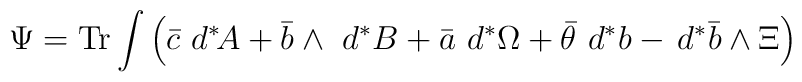
\Psi={\rm Tr}\int\left(\bar c\,\,d^\ast\!\!\,A+\bar b\wedge\,\,d^\ast\,\!B+\bar a\,\,d^\ast\!\, \Omega+\bar\theta\,\,d^\ast\,\!b-\,d^\ast\,\!\bar b\wedge\Xi\right)